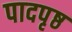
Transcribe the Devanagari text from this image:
पादपृष्ठ